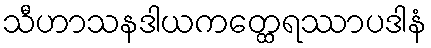
သီဟာသနဒါယကတ္ထေရဿာပဒါနံ